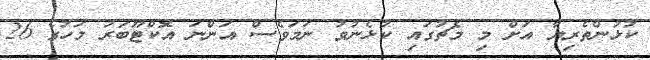
ކުޅުންތެރިޔާ އަށް މި މެޗުގައި ކުޅެނުވު ނަމަވެސް އަންނަ އޮކްޓޫބަރު މަހުގެ 26